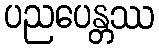
ပညပေန္တဿ